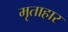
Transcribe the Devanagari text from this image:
मृताहार